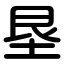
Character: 垦